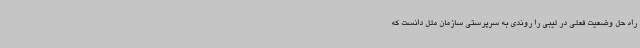
راه حل وضعیت فعلی در لیبی را روندی به سرپرستی سازمان ملل دانست که